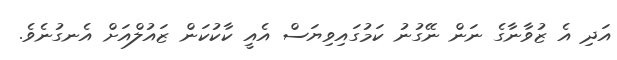
އަދި އެ ޒުވާނާގެ ނަން ނޭގުނު ކަމުގައިވިޔަސް އެއީ ކާކުކަން ޒައުލްއަށް އެނގުނެވެ.